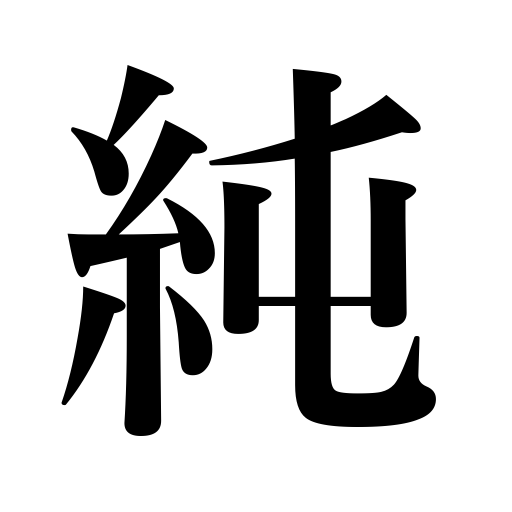
Meanings: innocence,net profit,purity